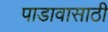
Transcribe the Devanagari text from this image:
पाडावासाठी